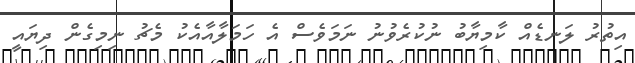
އިތުރު ލަނޑެއް ކާމިޔާބު ނުކުރެވުނު ނަމަވެސް އެ ހަމަލާއާއެކު މެޗު ނިމިގެން ދިޔައީ